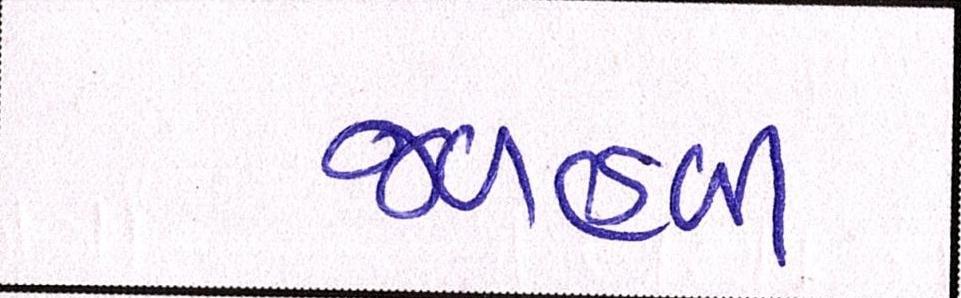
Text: જળહળી